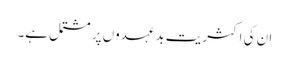
ان کی اکثریت بدعہدوں پر مشتمل ہے۔